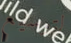
لتوسيع